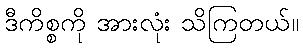
ဒီကိစ္စကို အားလုံး သိကြတယ်။